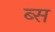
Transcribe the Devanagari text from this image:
ब्स